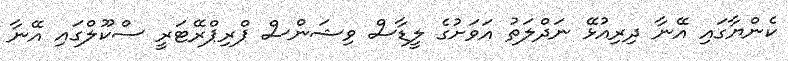
ކެންޔާގައި އޭނާ ދިރިއުޅޭ ނަދްލަތު އަވަށުގެ ލީޑާސް ވިޝަންސް ޕްރިޕްރޭޓަރީ ސްކޫލްގައި އޭނާ